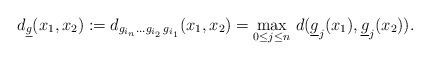
LaTeX: \begin{align*} d_{\underline g} (x_1, x_2) := d_{g_{i_{n}} \dots g_{i_2} \, g_{i_1}} (x_1, x_2)=\max_{0\le j \le n } \, d(\underline{g}_j(x_1),\underline{g}_j(x_2)). \end{align*}